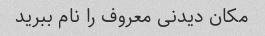
مکان دیدنی معروف را نام ببرید